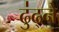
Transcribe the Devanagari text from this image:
ढु॑ढ्ने